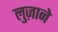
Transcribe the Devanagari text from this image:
लुज़ाने